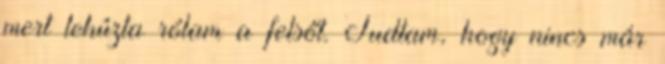
mert lehúzta rólam a felsőt. Tudtam, hogy nincs már